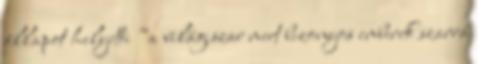
állapot helyetti “a világ szar mert bizonyos emberek szarrá